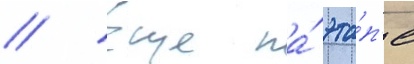
// Еще на́ эта́п'е